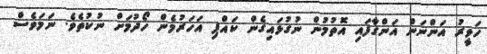
ހަވީރު އަންނަން އަންގާފައި އޮތުމުން ނުގުޅައިގެން ކައްޕި އަހަރުމެން ހޯދުމަށް ނުކުތެވެ. ނަމަވެސް